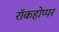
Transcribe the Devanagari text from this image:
रॉकहोप्पर